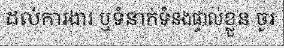
ដល់ការងារ ឬទំនាក់ទំនងផ្ទាល់ខ្លួន ចូរ